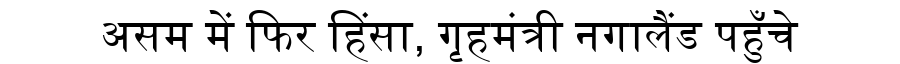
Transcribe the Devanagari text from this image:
असम में फिर हिंसा, गृहमंत्री नगालैंड पहुँचे